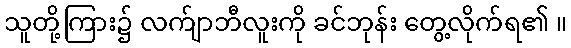
သူတို့ကြား၌ လက်ျာဘီလူးကို ခင်ဘုန်း တွေ့လိုက်ရ၏ ။